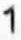
1